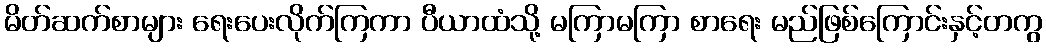
မိတ်ဆက်စာများ ရေးပေးလိုက်ကြကာ ပီယာထံသို့ မကြာမကြာ စာရေး မည်ဖြစ်ကြောင်းနှင့်တကွ